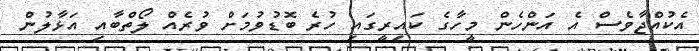
އެކުއްޖާވެސް އެ އަންހެން މީހާގެ ކައިރީގައި ހުރެ ބޮޑުވުމަށް ވުރެއް ލޯތްބާއި އަޅާލުން